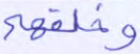
وخلقهم